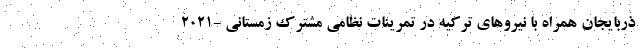
ذربایجان همراه با نیروهای ترکیه در تمرینات نظامی مشترک زمستانی -۲۰۲۱